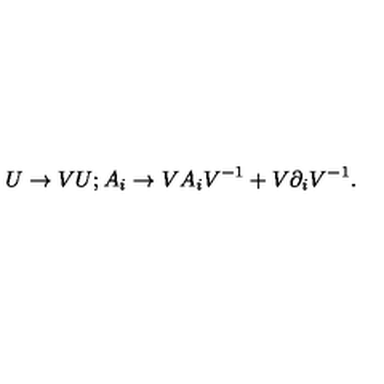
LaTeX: U \rightarrow V U ; A _ { i } \rightarrow V A _ { i } V ^ { - 1 } + V \partial _ { i } V ^ { - 1 } .